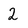
Character: 2